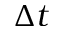
\Delta t